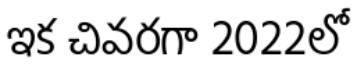
ఇక చివరగా 2022లో